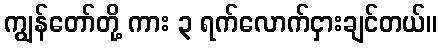
ကျွန်တော်တို့ ကား ၃ ရက်လောက်ငှားချင်တယ်။